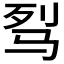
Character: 𩧮